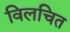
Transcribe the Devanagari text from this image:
विलचित